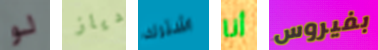
لو دياز اشترك أنا بفيروس